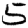
Digit: 5